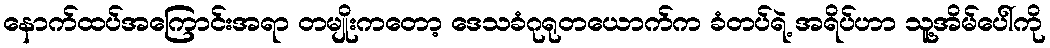
နောက်ထပ်အကြောင်းအရာ တမျိုးကတော့ ဒေသခံဂုရုတယောက်က ခံတပ်ရဲ့ အရိပ်ဟာ သူ့အိမ်ပေါ်ကို